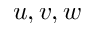
u , v , w